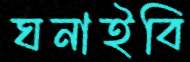
ঘনাইবি